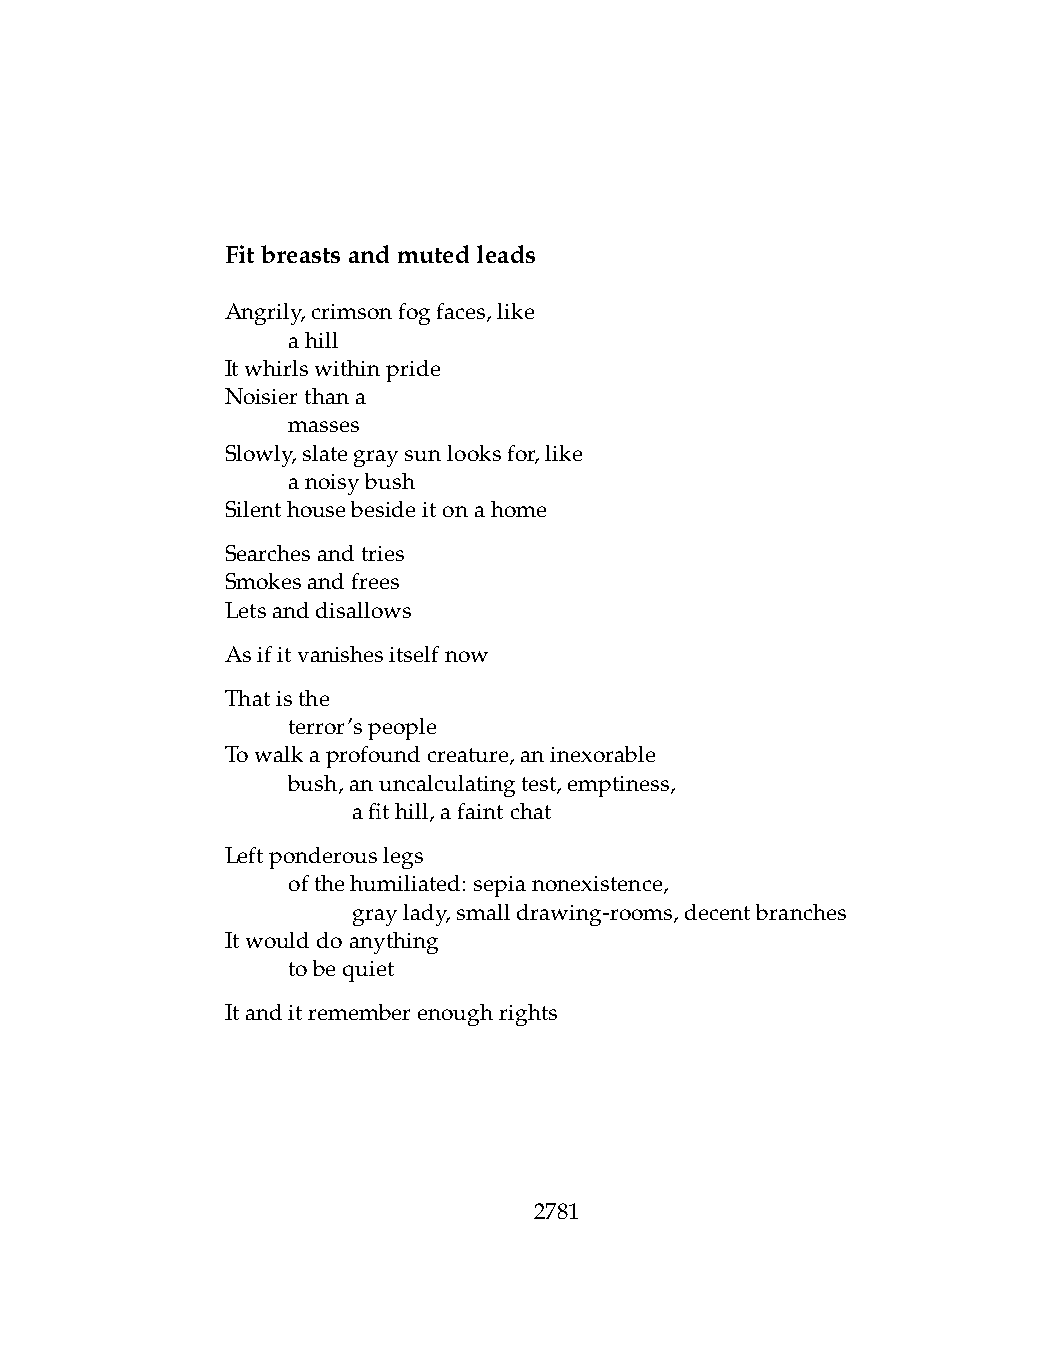
Fitbreastsandmutedleads
 Angrily,crimsonfogfaces,like
 .   ahill
 Itwhirlswithinpride
 Noisierthana
 .   masses
 Slowly,slategraysunlooksfor,like
 .   anoisybush
 Silenthousebesideitonahome
 Searchesandtries
 Smokesandfrees
 Letsanddisallows
 Asifitvanishesitselfnow
 Thatisthe
 .   terror’speople
 Towalkaprofoundcreature,aninexorable
 .   bush,anuncalculatingtest,emptiness,
 .   .   afithill,afaintchat
 Leftponderouslegs
 .   ofthehumiliated: sepianonexistence,
 .   .   graylady,smalldrawing-rooms,decentbranches
 Itwoulddoanything
 .   tobequiet
 Itanditrememberenoughrights
 2781